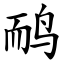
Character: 鸸